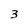
Character: 3